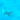
بهذا